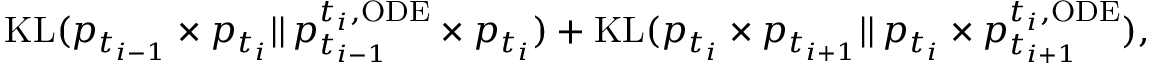
\begin{array} { r } { \mathrm { K L } ( p _ { t _ { i - 1 } } \times p _ { t _ { i } } | | \, p _ { t _ { i - 1 } } ^ { t _ { i } , \mathrm { O D E } } \times p _ { t _ { i } } ) + \mathrm { K L } ( p _ { t _ { i } } \times p _ { t _ { i + 1 } } | | \, p _ { t _ { i } } \times p _ { t _ { i + 1 } } ^ { t _ { i } , \mathrm { O D E } } ) , } \end{array}